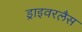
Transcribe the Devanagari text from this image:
ड्राइवरलैस